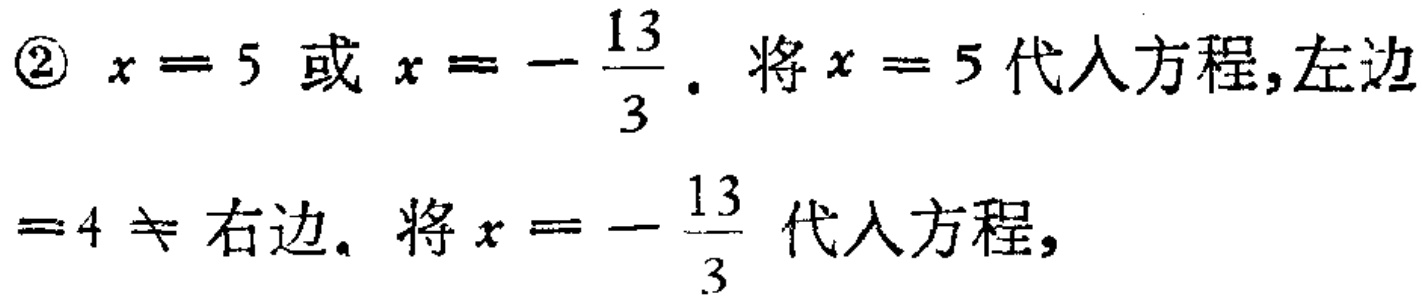
\textcircled{2} $x = 5$ 或 $x = -\dfrac{13}{3}$. 将 $x = 5$ 代入方程,左边 $= 4 \neq$ 右边. 将 $x = -\dfrac{13}{3}$ 代入方程,